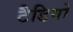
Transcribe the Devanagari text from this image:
टैडियो